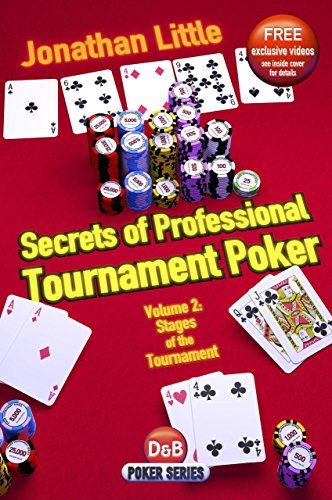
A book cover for Secrets of Professional Tournament Poker, Vol. 2: Stages of the Tournament (Volume 2); Jonathan Little; Humor & Entertainment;